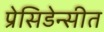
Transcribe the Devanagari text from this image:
प्रेसिडेन्सीत